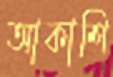
আকাশি